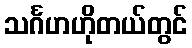
သင်္ဂဟဟိုတယ်တွင်